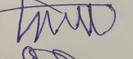
Signature authenticity: forged